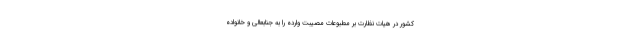
کشور در هیات نظارت بر مطبوعات مصیبت وارده را به جنابعالی و خانواده